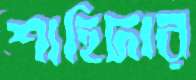
শাহিদার